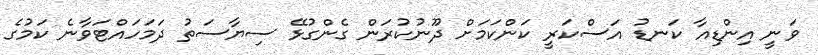
ވަނީ އިންޑިއާ ކަނޑު އަސްކަރީ ކަންކަމަށް ދޫނުކުރަން ގެންގުޅޭ ސިޔާސަތު ދަމަހައްޓަވާނެ ކަމުގެ